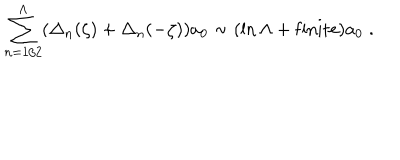
\sum _ { n = 1 / 2 } ^ { \Lambda } ( \Delta _ { n } ( \zeta ) + \Delta _ { n } ( - \zeta ) ) a _ { 0 } \sim ( \ln \Lambda + \mathrm { { f i n i t e } } ) a _ { 0 } \; .